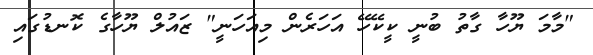
"މާމަ ޔޫހާ ގާތު ބުނީ ކީކޭހޭ އަަހަރެން މިއަހަނީ" ޒައުލް ޔޫހާގެ ކޮނޑުގައި